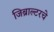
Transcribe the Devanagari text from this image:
जिब्राल्टरचे